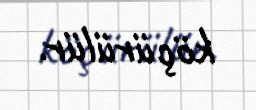
köçürülür.